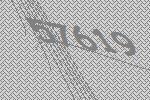
57619